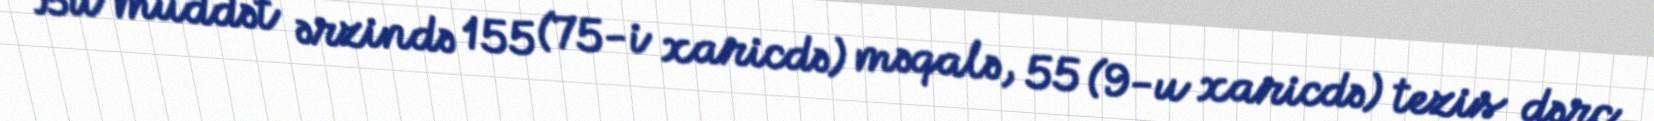
Bu müddət ərzində 155 (75-i xaricdə) məqalə, 55 (9-u xaricdə) tezis dərc